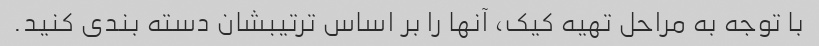
با توجه به مراحل تهیه کیک، آنها را بر اساس ترتیبشان دسته بندی کنید.